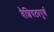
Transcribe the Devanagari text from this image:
वैशिषट्यपूर्ण